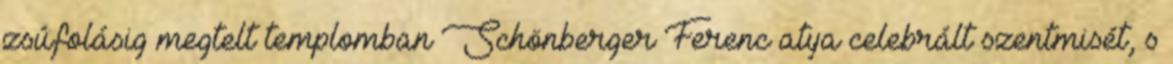
zsúfolásig megtelt templomban Schönberger Ferenc atya celebrált szentmisét, s